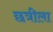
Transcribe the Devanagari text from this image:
छत्रीला